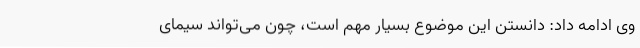
وی ادامه داد: دانستن این موضوع بسیار مهم است، چون می‌تواند سیمای